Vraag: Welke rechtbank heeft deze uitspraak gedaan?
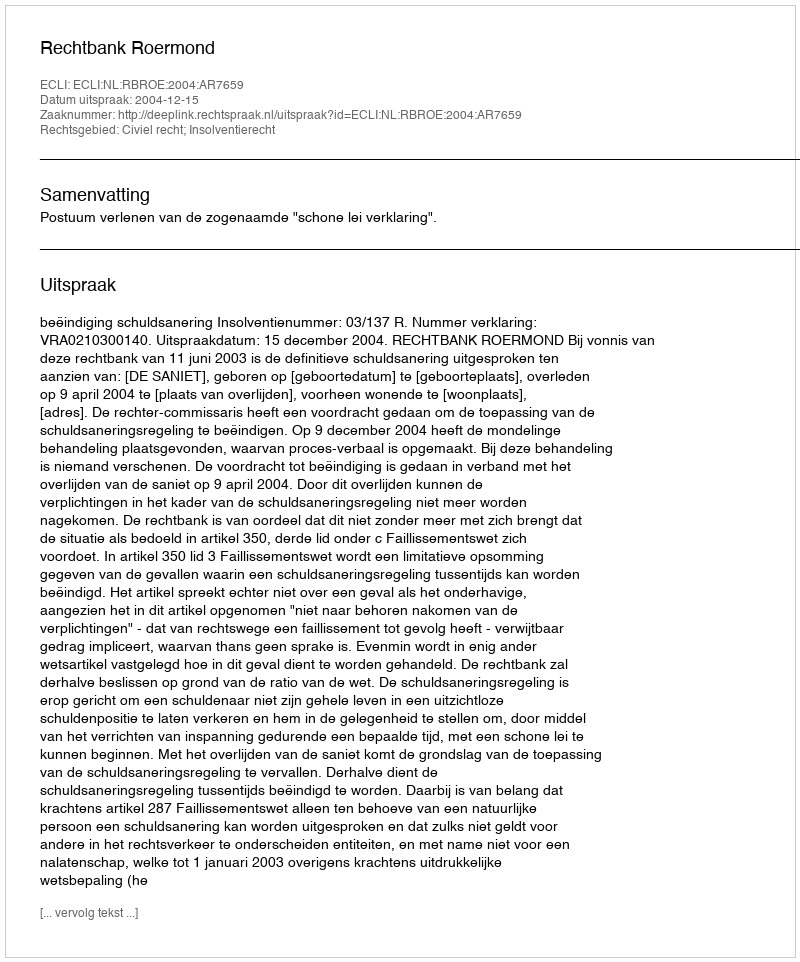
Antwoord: Rechtbank Roermond